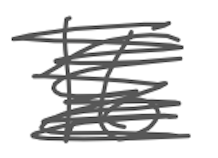
Text: 16
Cross-out: scratch
Writing tool: digital_gray